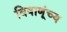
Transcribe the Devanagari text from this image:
विषाणूंच्य